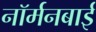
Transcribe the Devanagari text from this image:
नॉर्मनबाई